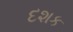
દશક